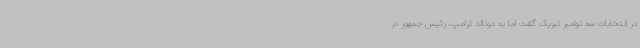
در انتخابات سه نوامبر تبریک گفت اما به دونالد ترامپ، رئیس جمهور در